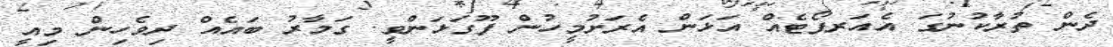
ދެން ތުރާކުނުގަ އެއަރޕޯޓެއް އަޅަން އެރަށުމީހުން ފޫގަޅަންވީ. ގަމާރު ބައެެއް ދިވެހިން މިއީ